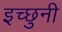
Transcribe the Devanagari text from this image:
इच्छुनी